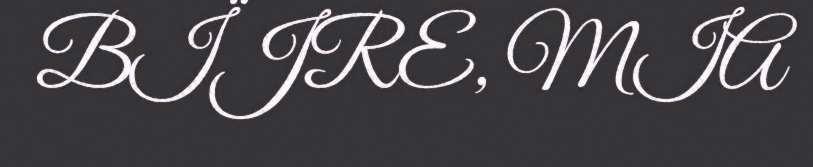
BÏJRE, MIA